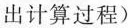
出计算过程)